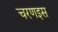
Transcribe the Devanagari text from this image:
चरणइस